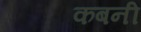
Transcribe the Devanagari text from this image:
कबनी